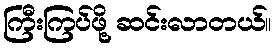
ကြီးကြပ်ဖို့ ဆင်းလာတယ်။